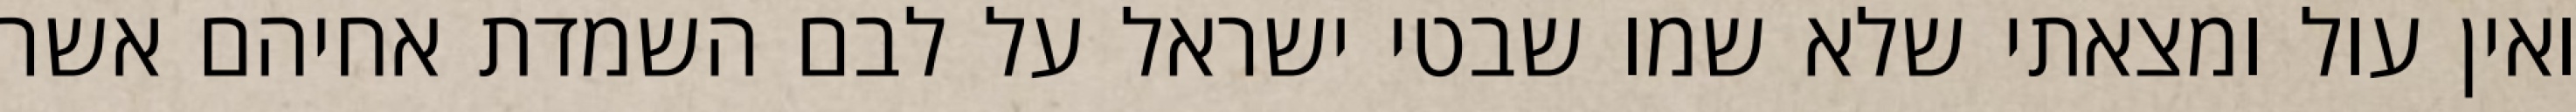
ואין עול ומצאתי שלא שמו שבטי ישראל על לבם השמדת אחיהם אשר